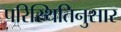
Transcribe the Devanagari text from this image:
परिस्थितिनुसार